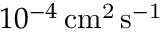
1 0 ^ { - 4 } \, \mathrm { c m ^ { 2 } \, s ^ { - 1 } }